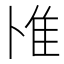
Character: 𨾇